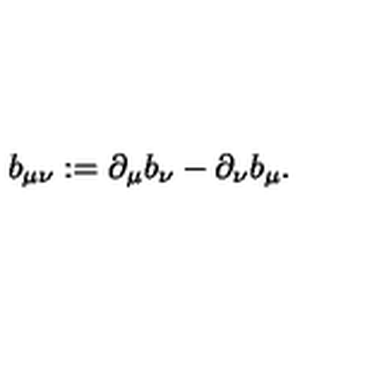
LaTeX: b _ { \mu \nu } : = \partial _ { \mu } b _ { \nu } - \partial _ { \nu } b _ { \mu } .